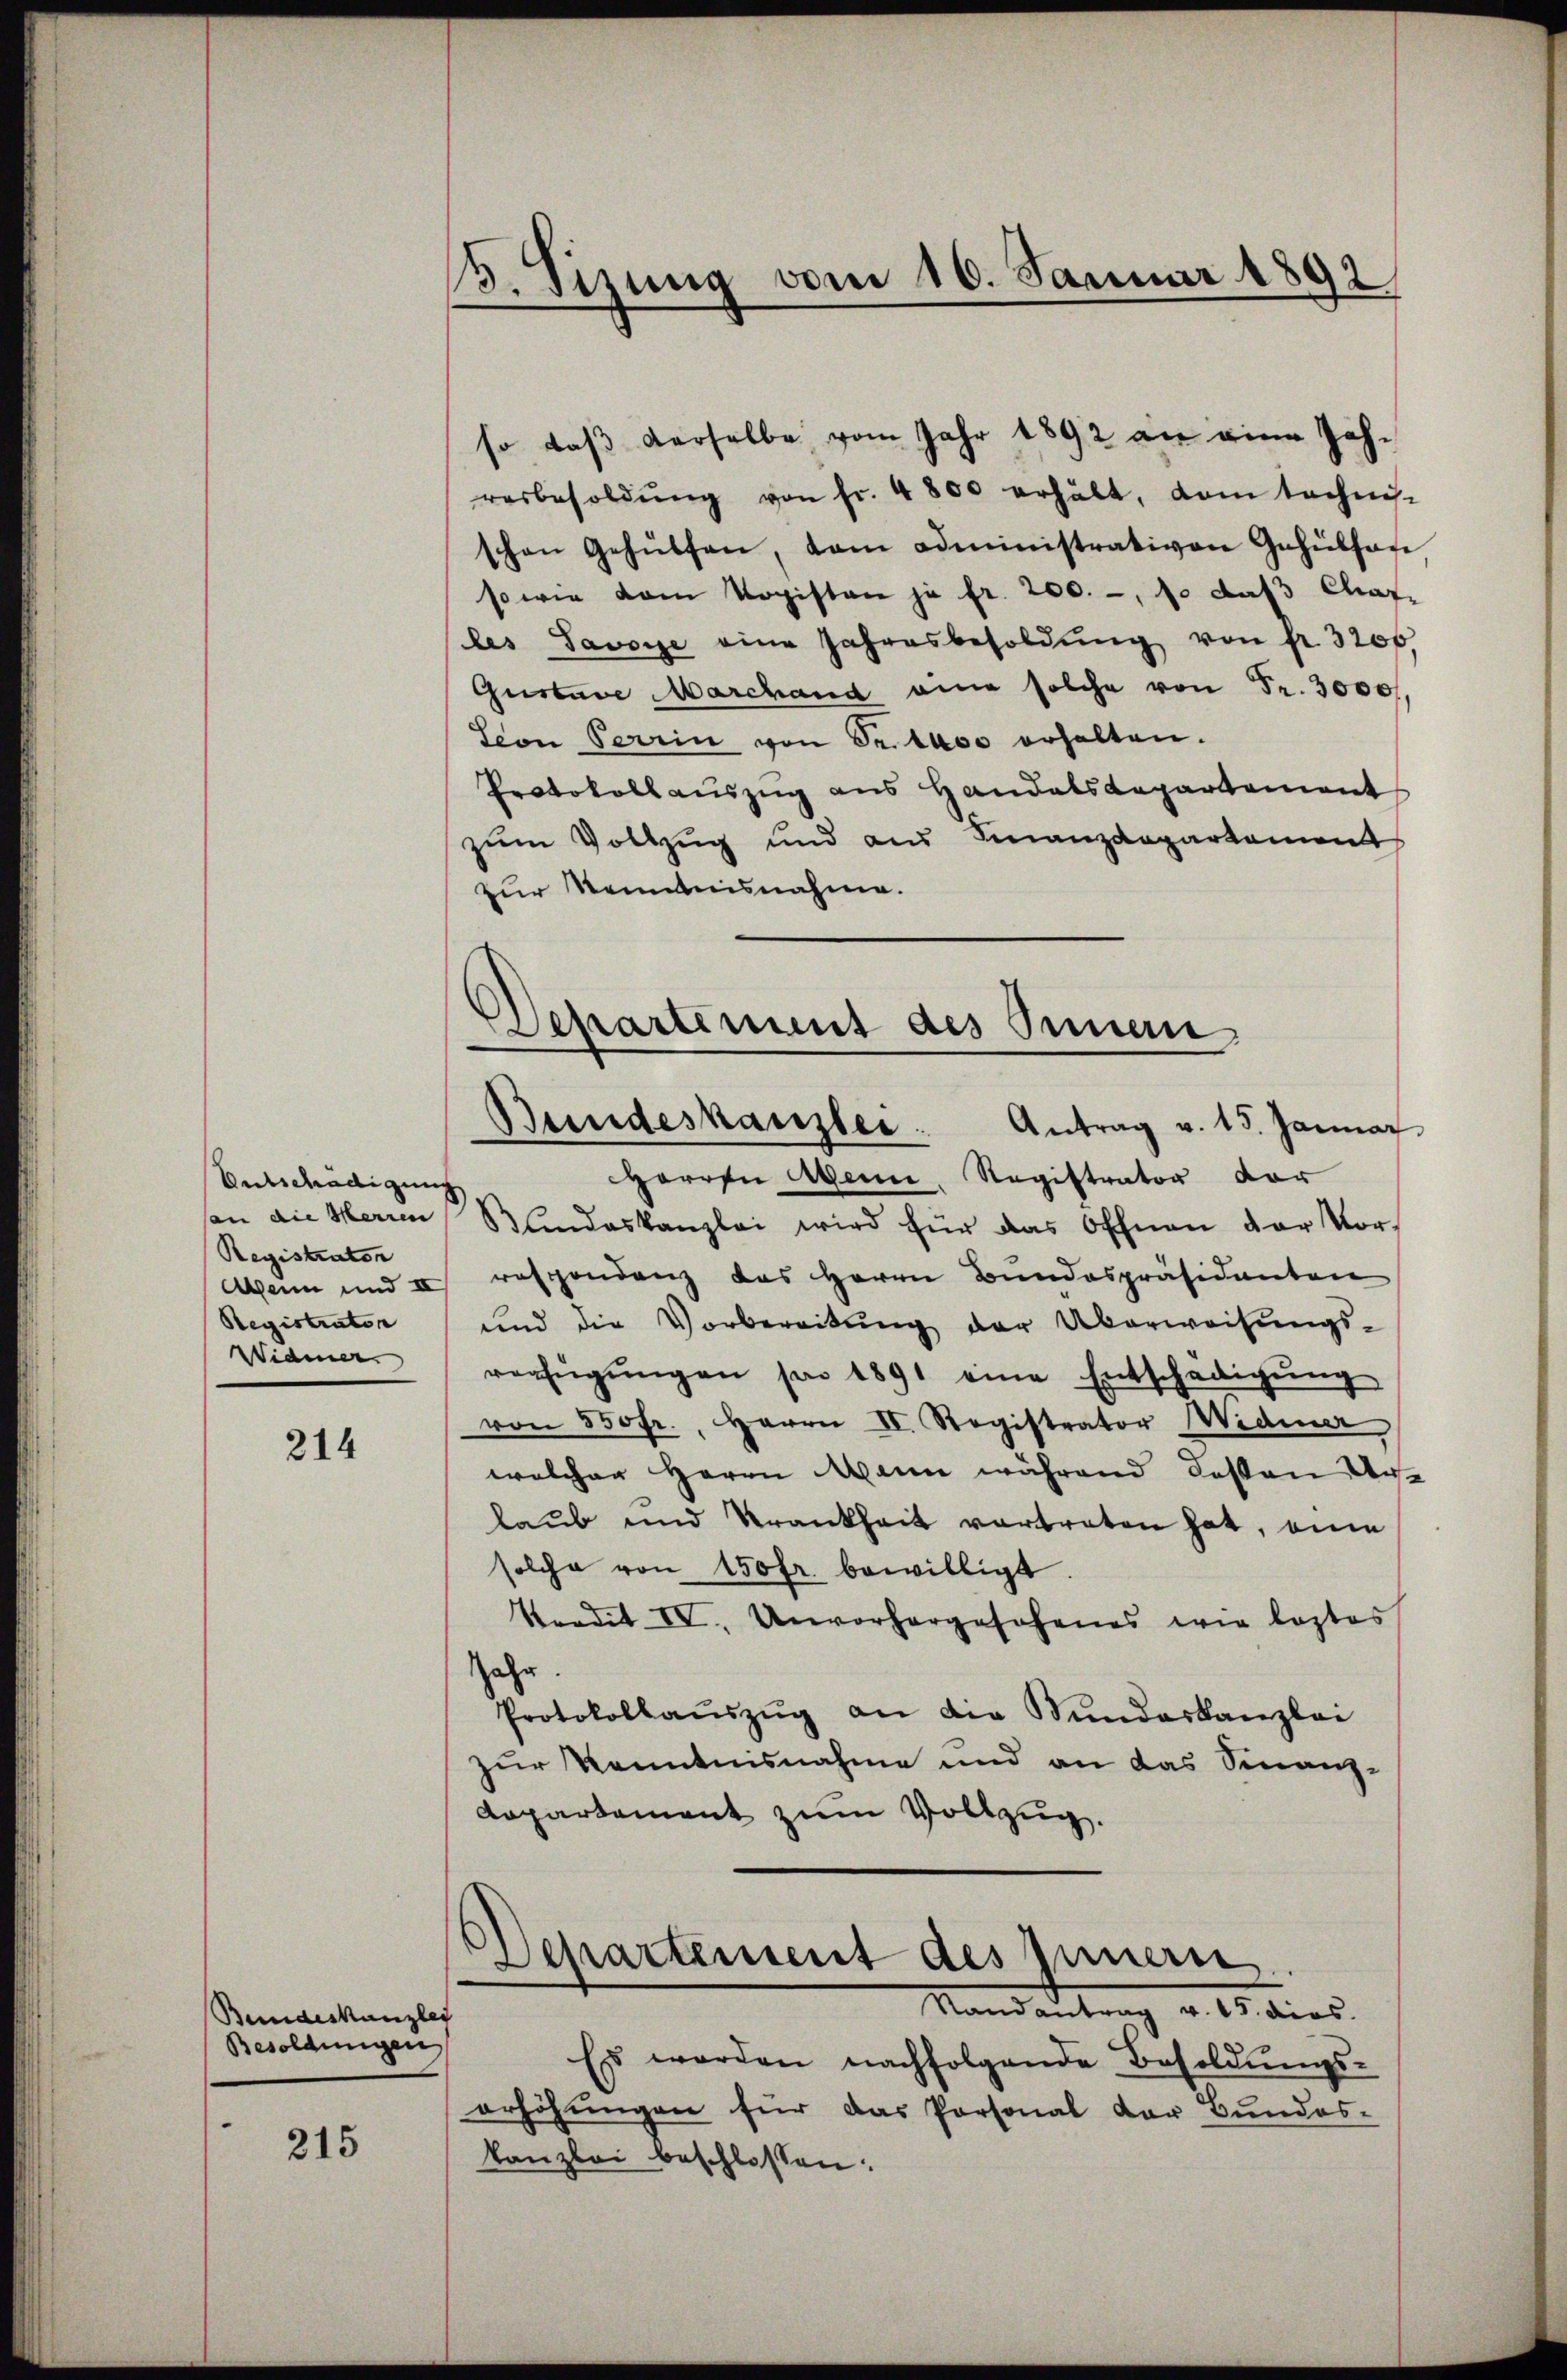
Entschädigung
san die Herren
Registrator
Registrator
Widmer

214

Bundeskanzley
Besoldungen

215

3. Sizung vom 16. Januar 1892

so daß derselbe vom Jahr 1892 an eine Joh.
resbesoldŭng von fr. 4800 erhält, vom technis-
schon Gehülfen, dam administrativen Gehülfas
sowie am Kopisten ja fr. 200.-, so das Chaf-
les Savoye eine Jahresbesoldŭng von fr. 3200.
Gustave Marchang eine solche von Fr. 3000
Seon Perrin von Seithos erhalten.
Protokollauszug aus Handelskapartement
zŭm Vollzug und aus Finanzdepartament
zur Kenntnisnahme.
Harren Agenn, Registrator vor
Blindeskanzlei wird für das Offnen der Vor-
Wann und u respondenz das Herrn Bŭndespräsidenten
und die Vorbereitŭng der Überweisŭngs-
verfŭgŭngen pro 1891 eine Entschädigŭng
von 550 fr., Herrn II. Registrator Widmer
welcher Herrn Mann während Kosten Unlaub und Krankheit vertreten hat, ein
solche von 150fr. bewilligt
Vredit IV. Unvorhergesehenes wie leztes
Jahr.
Protokollaŭszŭg an die Stŭndeskanzlei
zur Kenntnisnahme und an das Finanz-
Aapartement zum Vollzug.
Departement des Innern
Randantrag v. 15. dies
Es werden nachfolgende Besoldŭngs-
erhöhungen für das Personal der Bundes-
kanzlei beschlossen:

Departement des Innen
Bundeskanzlei. Antrag v. 15. Januar